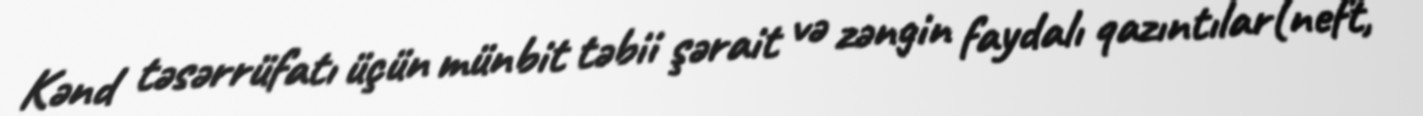
Kənd təsərrüfatı üçün münbit təbii şərait və zəngin faydalı qazıntılar(neft,